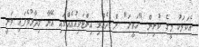
އެކަމަކު މީގެ ކުރިން "ހަވީރަ" ށް ދެއްވި އިންޓަވިއުއެއްގައި އޭނާ ވިދާޅުވެފައި ވަނީ